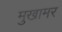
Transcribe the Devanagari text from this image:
मुखामर